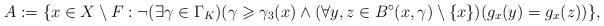
LaTeX: \begin{align*}A:=\{x\in X\setminus F: \neg(\exists\gamma\in \Gamma_K) (\gamma\geqslant\gamma_3(x) \wedge (\forall y,z\in B^\circ(x,\gamma)\setminus \{x\})(g_x(y)=g_x(z))\},\end{align*}